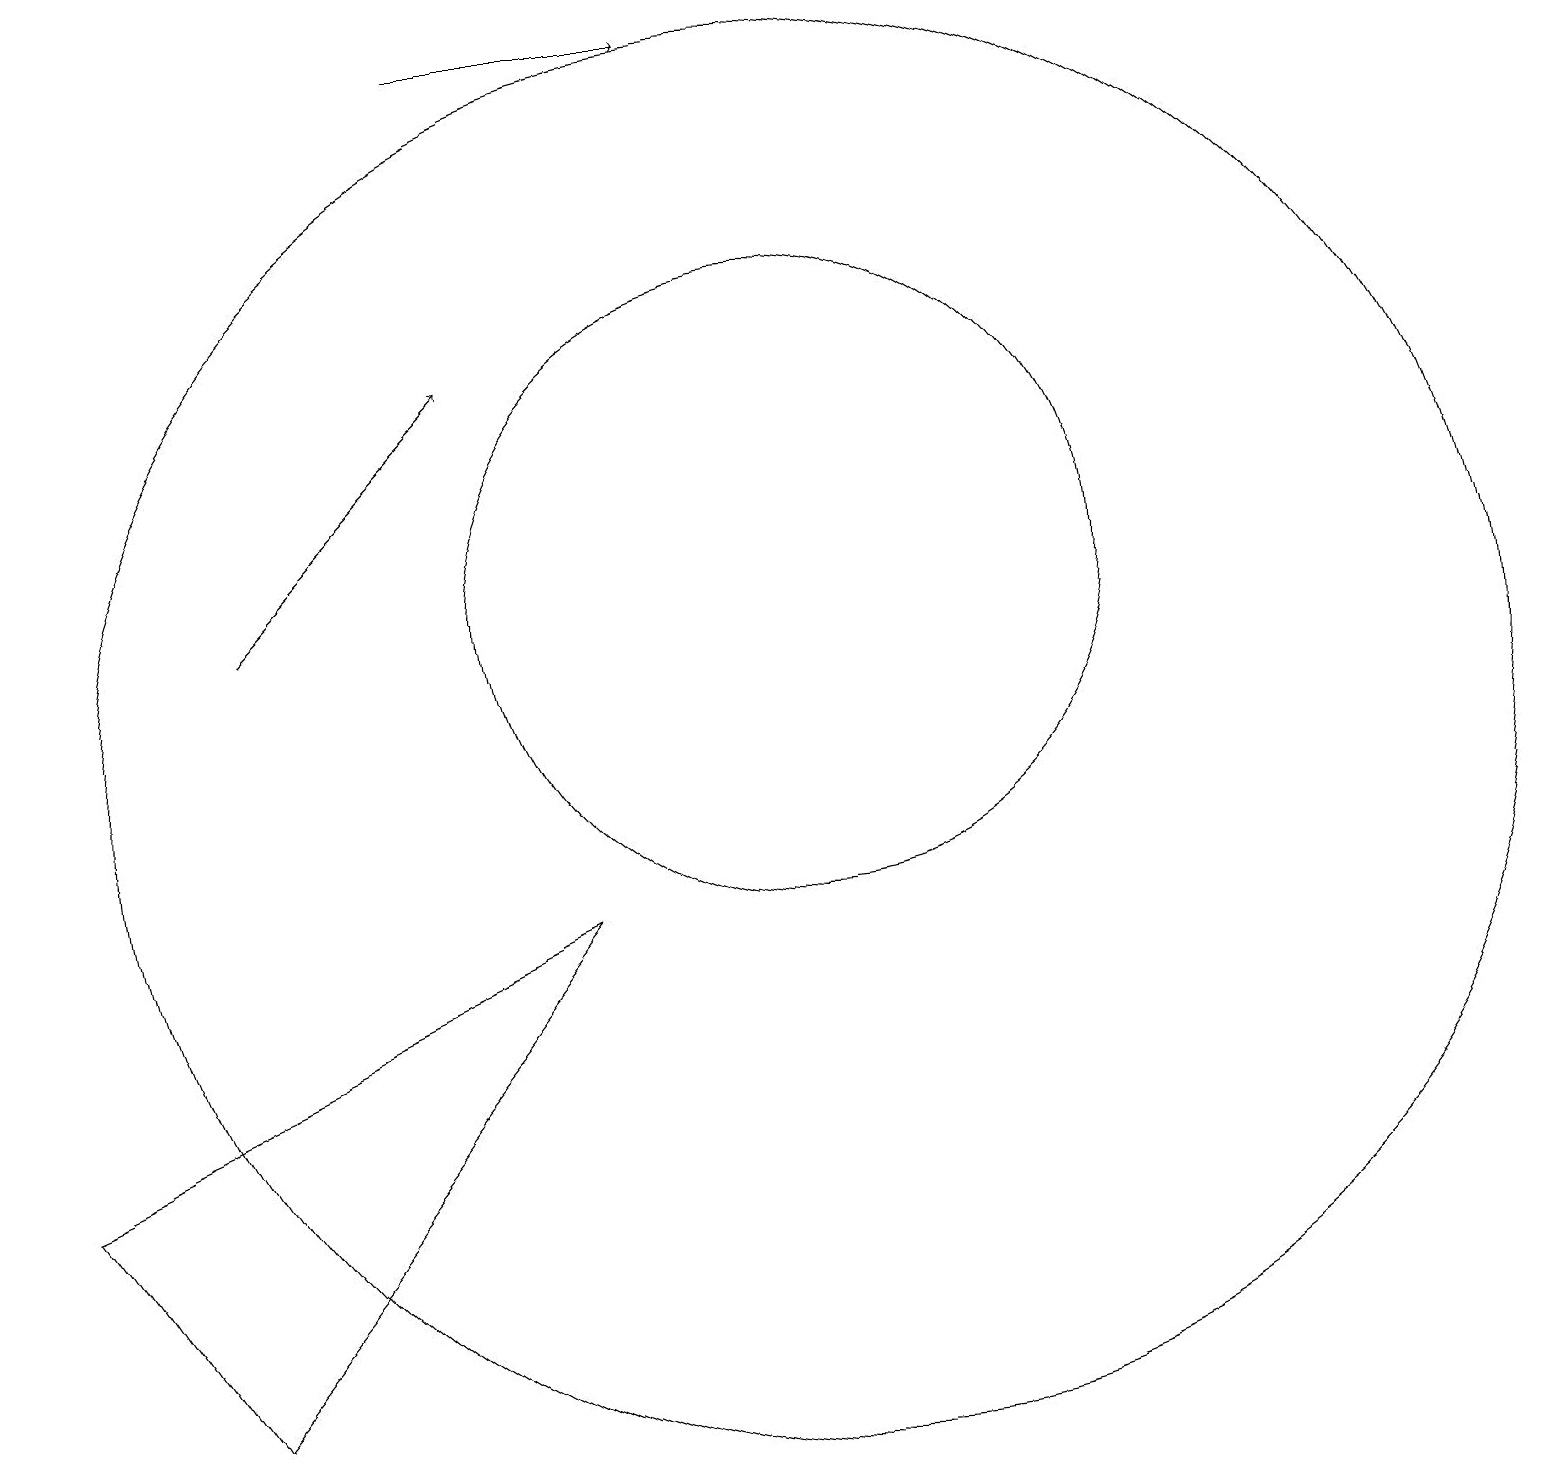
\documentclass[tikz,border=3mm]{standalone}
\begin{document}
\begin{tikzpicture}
\draw (0,5) -- (7,8) -- (2,2) -- cycle;
\draw (10,10) circle (9);
\draw[->] (6,19) -- (9,19);
\draw[->] (3,12) -- (6,15);
\draw (10,12) circle (4);
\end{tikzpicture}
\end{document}